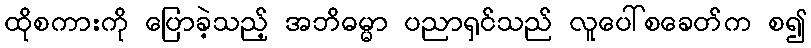
ထိုစကားကို ပြောခဲ့သည့် အဘိဓမ္မာ ပညာရှင်သည် လူပေါ်စခေတ်က စ၍